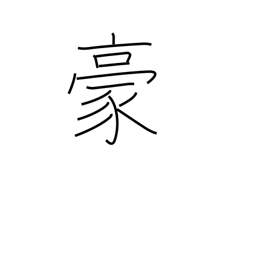
Meaning: overpowering